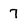
Character: 7